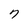
Character: 7